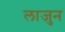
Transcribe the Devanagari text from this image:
लाजुन